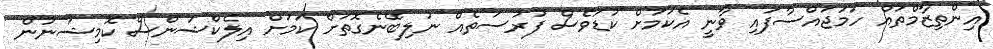
އިންތިޒާމްތައް ހަމަޖައްސާފައި ވާނީ އެކަމަށް ކުޑަވެސް ފުރުސަތެއް ނުލިބޭނެގޮތަށް ކަމަށް އިލެކްޝަންސް ކޮމިޝަނުން